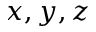
x , y , z